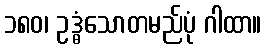
၁၈၀၊ ဥဒ္ဓံသောတမည်ပုံ ဂါထာ။